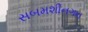
સબમશીનગન